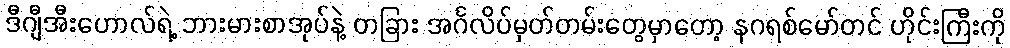
ဒီဂျီအီးဟောလ်ရဲ့ ဘားမားစာအုပ်နဲ့ တခြား အင်္ဂလိပ်မှတ်တမ်းတွေမှာတော့ နဂရစ်မော်တင် ဟိုင်းကြီးကို